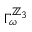
\Gamma _ { \omega } ^ { \mathbb Z _ { 3 } }